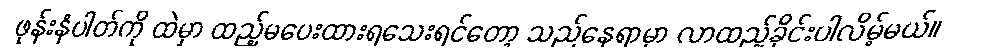
ဖုန်းနံပါတ်ကို ထဲမှာ ထည့်မပေးထားရသေးရင်တော့ သည်နေရာမှာ လာထည့်ခိုင်းပါလိမ့်မယ်။